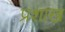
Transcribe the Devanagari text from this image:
प्रशाख